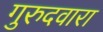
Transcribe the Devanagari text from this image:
गुरुदवारा